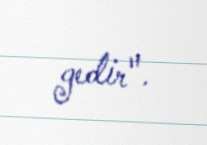
gedir".